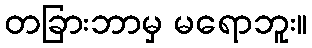
တခြားဘာမှ မရောဘူး။